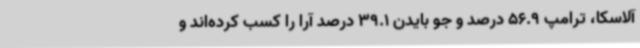
آلاسکا، ترامپ 56.9 درصد و جو بایدن 39.1 درصد آرا را کسب کرده‌اند و